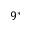
9 ^ { * }